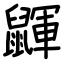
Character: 鼲